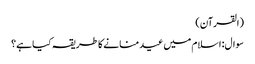
(القرآن)
سوال: اسلام میں عید منانے کا طریقہ کیا ہے؟